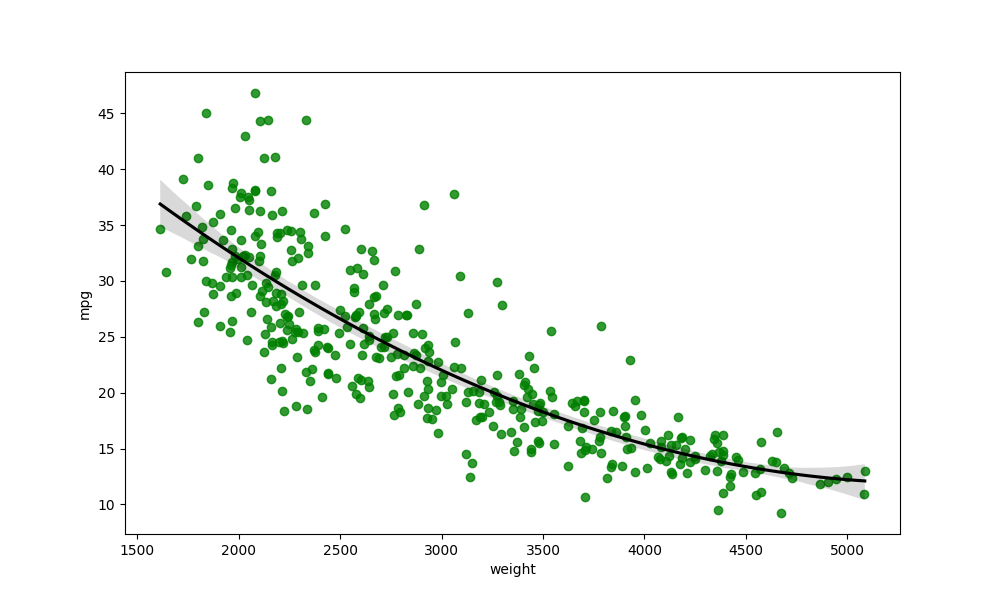
python, seaborn, regplot, order=3, ci=95, scatter_color=green, line_color=black